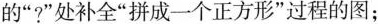
的”?”处补全”拼成一个正方形”过程的图；